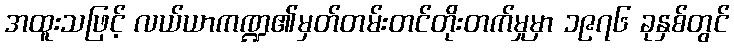
အထူးသဖြင့် လယ်ယာကဏ္ဍ၏မှတ်တမ်းတင်တိုးတက်မှုမှာ ၁၉၇၆ ခုနှစ်တွင်